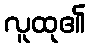
လူထု၏